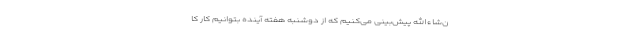
ن‌شاءالله پیش‌بینی می‌کنیم که از دوشنبه هفته آینده بتوانیم کار کا